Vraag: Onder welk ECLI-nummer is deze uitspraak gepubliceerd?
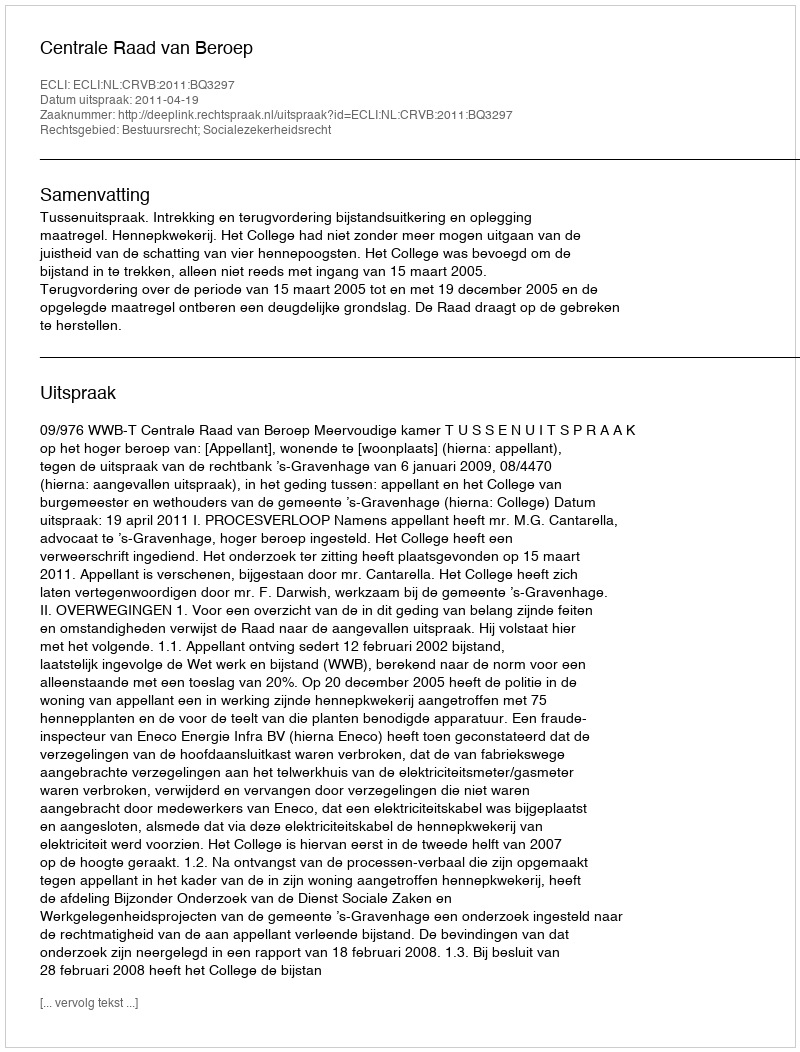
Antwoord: ECLI:NL:CRVB:2011:BQ3297